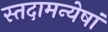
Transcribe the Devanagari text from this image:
स्तदामन्येषां